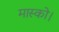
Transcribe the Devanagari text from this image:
मास्को।